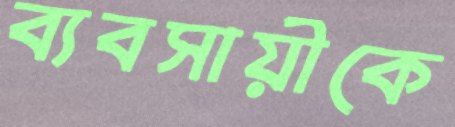
ব্যবসায়ীকে